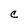
Character: C